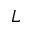
L